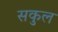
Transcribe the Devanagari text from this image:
सकुल